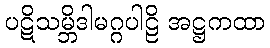
ပဋိသမ္ဘိဒါမဂ္ဂပါဠိ အဋ္ဌကထာ